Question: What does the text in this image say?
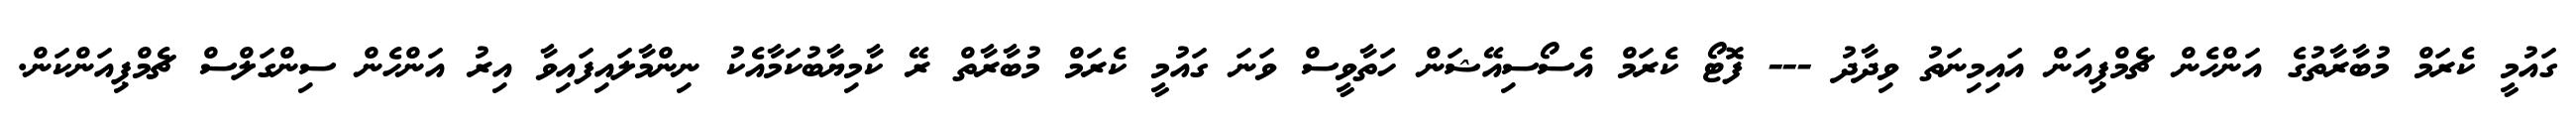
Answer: ގައުމީ ކެރަމް މުބާރާތުގެ އަންހެން ޗެމްޕިއަން އައިމިނަތު ވިދާދު --- ފޮޓޯ ކެރަމް އެސޯސިއޭޝަން ހަތާވީސް ވަނަ ގައުމީ ކެރަމް މުބާރާތް ރޭ ކާމިޔާބުކަމާއެކު ނިންމާލައިފައިވާ އިރު އަންހެން ސިންގަލްސް ޗެމްޕިއަންކަން.